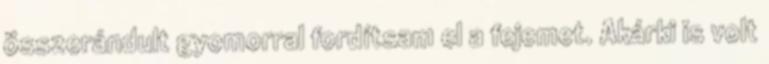
összerándult gyomorral fordítsam el a fejemet. Akárki is volt